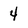
Character: 4